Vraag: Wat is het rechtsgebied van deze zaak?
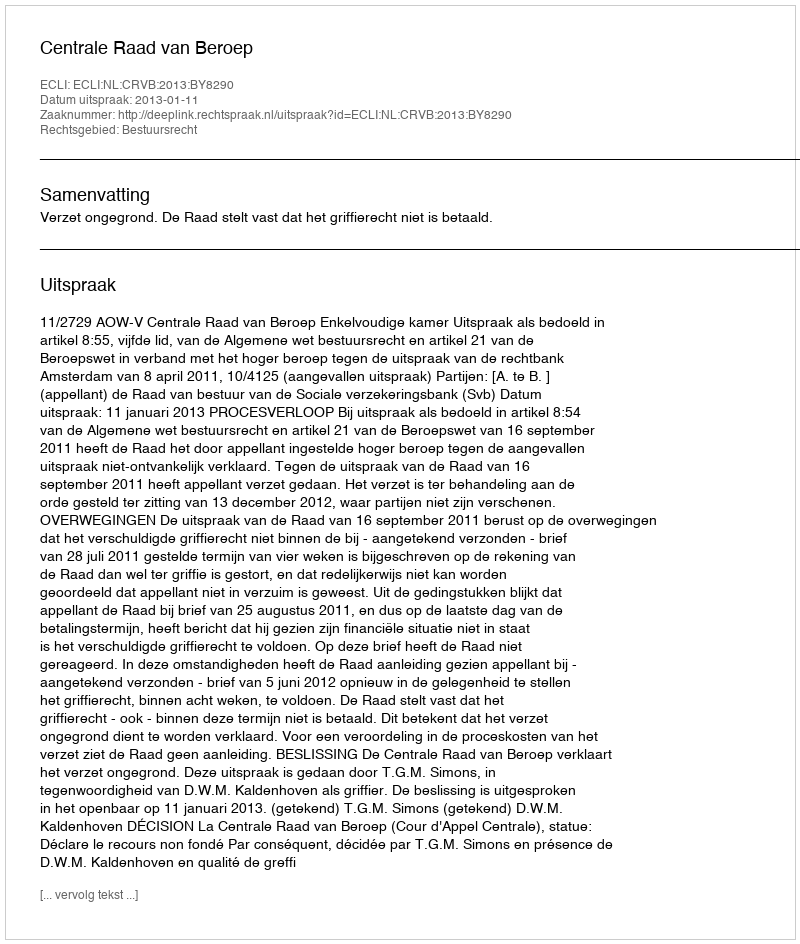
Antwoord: Bestuursrecht